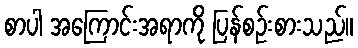
စာပါ အကြောင်းအရာကို ပြန်စဉ်းစားသည်။